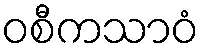
ဝစီကသာဝံ